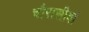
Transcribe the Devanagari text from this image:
चौरासीवां